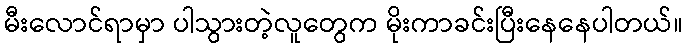
မီးလောင်ရာမှာ ပါသွားတဲ့လူတွေက မိုးကာခင်းပြီးနေနေပါတယ်။